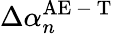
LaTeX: \Delta\alpha_{n}^{\mathrm{AE\mathrm{~-~}T}}